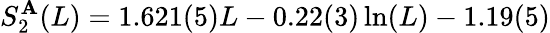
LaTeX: S_{2}^{\mathbf{A}}(L)=1.621(5)L-0.22(3)\ln(L)-1.19(5)